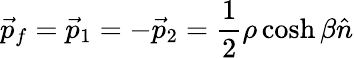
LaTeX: \vec{p}_{f}=\vec{p}_{1}=-\vec{p}_{2}=\frac{1}{2}\rho\cosh\beta\hat{n}